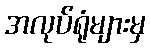
အလုပ်ရုံများမှ